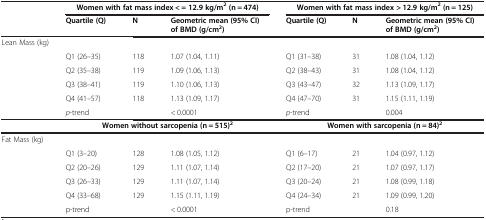
<table><thead><tr><td><b> </b></td><td colspan="3"><b>Women with fat mass index &lt; = 12.9 kg/m<sup>2 </sup>(n = 474)</b></td><td colspan="3"><b>Women with fat mass index &gt; 12.9 kg/m<sup>2 </sup>(n = 125)</b></td></tr><tr><td><b> </b></td><td><b>Quartile (Q)</b></td><td><b>N</b></td><td><b>Geometric mean (95% CI) of BMD (g/cm<sup>2</sup>)</b></td><td><b>Quartile (Q)</b></td><td><b>N</b></td><td><b>Geometric mean (95% CI) of BMD (g/cm<sup>2</sup>)</b></td></tr></thead><tbody><tr><td>Lean Mass (kg)</td><td> </td><td> </td><td> </td><td> </td><td> </td><td> </td></tr><tr><td> </td><td>Q1 (26–35)</td><td>118</td><td>1.07 (1.04, 1.11)</td><td>Q1 (31–38)</td><td>31</td><td>1.08 (1.04, 1.12)</td></tr><tr><td> </td><td>Q2 (35–38)</td><td>119</td><td>1.09 (1.06, 1.13)</td><td>Q2 (38–43)</td><td>31</td><td>1.08 (1.04, 1.12)</td></tr><tr><td> </td><td>Q3 (38–41)</td><td>119</td><td>1.10 (1.06, 1.13)</td><td>Q3 (43–47)</td><td>32</td><td>1.13 (1.09, 1.17)</td></tr><tr><td> </td><td>Q4 (41–57)</td><td>118</td><td>1.13 (1.09, 1.17)</td><td>Q4 (47–70)</td><td>31</td><td>1.15 (1.11, 1.19)</td></tr><tr><td> </td><td><i>p</i>-trend</td><td> </td><td>&lt; 0.0001</td><td><i>p</i>-trend</td><td> </td><td>0.004</td></tr><tr><td> </td><td colspan="3"><b>Women without sarcopenia (n = 515)</b><sup><b>2</b></sup></td><td colspan="3"><b>Women with sarcopenia (n = 84)</b><sup><b>2</b></sup></td></tr><tr><td>Fat Mass (kg)</td><td> </td><td> </td><td> </td><td> </td><td> </td><td> </td></tr><tr><td> </td><td>Q1 (3–20)</td><td>128</td><td>1.08 (1.05, 1.12)</td><td>Q1 (6–17)</td><td>21</td><td>1.04 (0.97, 1.12)</td></tr><tr><td> </td><td>Q2 (20–26)</td><td>129</td><td>1.11 (1.07, 1.14)</td><td>Q2 (17–20)</td><td>21</td><td>1.07 (0.97, 1.17)</td></tr><tr><td> </td><td>Q3 (26–33)</td><td>129</td><td>1.11 (1.07, 1.14)</td><td>Q3 (20–24)</td><td>21</td><td>1.08 (0.99, 1.18)</td></tr><tr><td> </td><td>Q4 (33–68)</td><td>129</td><td>1.15 (1.11, 1.19)</td><td>Q4 (24–34)</td><td>21</td><td>1.09 (0.99, 1.20)</td></tr><tr><td> </td><td>p-trend</td><td> </td><td>&lt; 0.0001</td><td>p-trend</td><td> </td><td>0.18</td></tr></tbody></table>